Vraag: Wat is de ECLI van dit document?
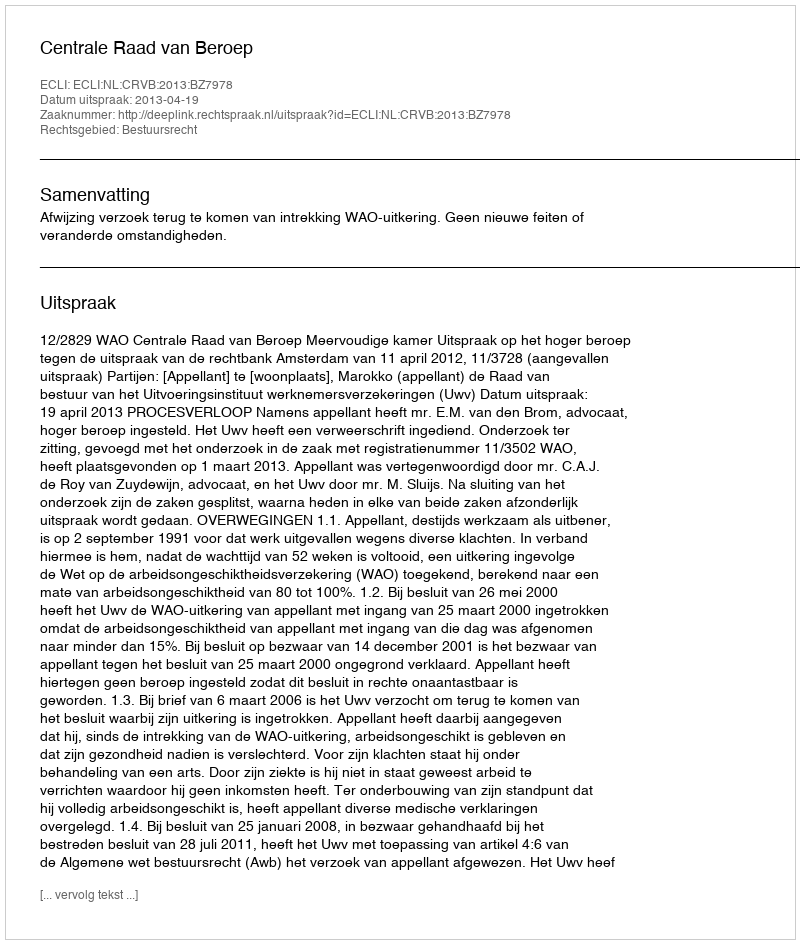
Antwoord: ECLI:NL:CRVB:2013:BZ7978